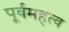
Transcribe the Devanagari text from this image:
पूर्वमहत्व